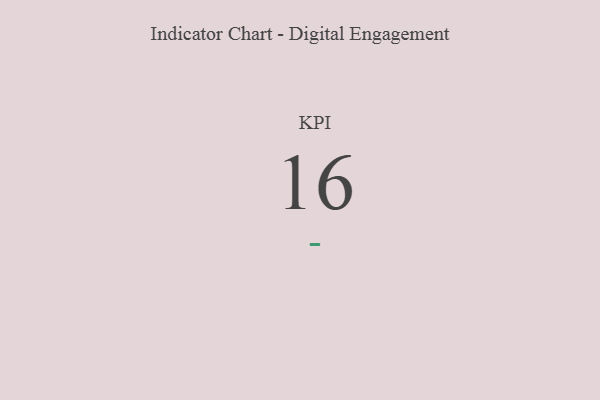
{"axis": {"x": "KPI", "y": "Value"}, "legend": [""], "data": [{"x": "KPI", "y": 16, "type": ""}]}